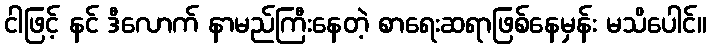
ငါဖြင့် နင် ဒီလောက် နာမည်ကြီးနေတဲ့ စာရေးဆရာဖြစ်နေမှန်း မသိပေါင်။